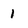
Character: 1